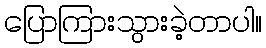
ပြောကြားသွားခဲ့တာပါ။